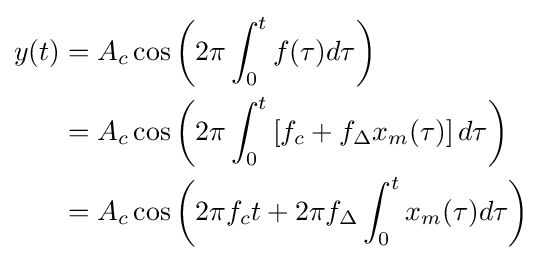
{\begin{aligned}y(t)&=A_{c}\cos \left(2\pi \int _{0}^{t}f(\tau )d\tau \right)\\&=A_{c}\cos \left(2\pi \int _{0}^{t}\left[f_{c}+f_{\Delta }x_{m}(\tau )\right]d\tau \right)\\&=A_{c}\cos \left(2\pi f_{c}t+2\pi f_{\Delta }\int _{0}^{t}x_{m}(\tau )d\tau \right)\\\end{aligned}}